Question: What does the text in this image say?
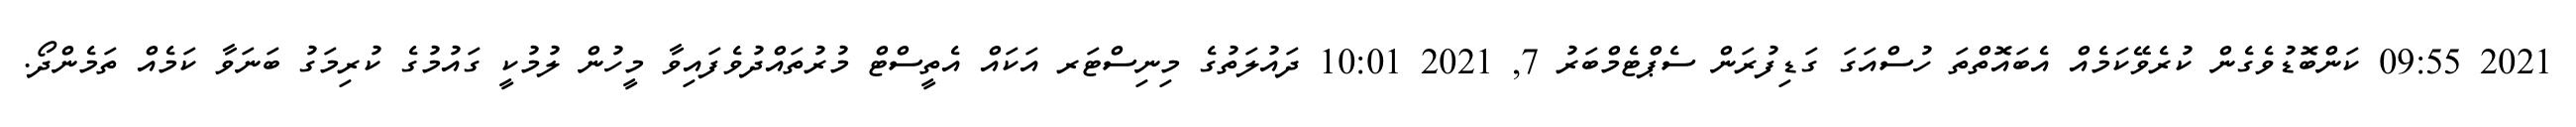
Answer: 2021 09:55 ކަންބޮޑުވެގެން ކުރެވޭކަމެއް އެބައޮތްތަ ހުސްއަގަ ގަޑިފުރަން ސެޕްޓެމްބަރު 7, 2021 10:01 ދައުލަތުގެ މިނިސްޓަރ އަކައް އެތީސްޓް މުރުތައްދުވެފައިވާ މީހުން ލުމުކީ ގައުމުގެ ކުރިމަގު ބަނަވާ ކަމެއް ތަމެންދޯ.